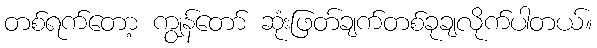
တစ်ရက်တော့ ကျွန်တော် ဆုံးဖြတ်ချက်တစ်ခုချလိုက်ပါတယ်။